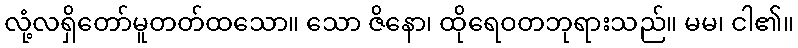
လုံ့လရှိတော်မူတတ်ထသော။ သော ဇိနော၊ ထိုရေဝတဘုရားသည်။ မမ၊ ငါ၏။